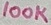
Text: 100K